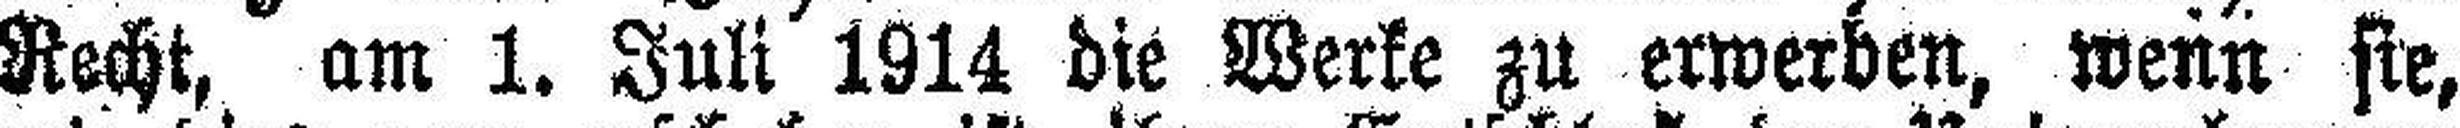
Recht, am 1. Juli 1914 die Werke zu erwerben, wenn sie,